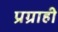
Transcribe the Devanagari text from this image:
प्रग्राही